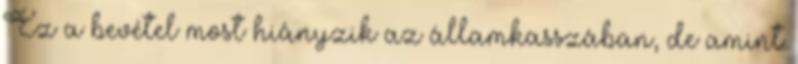
Ez a bevétel most hiányzik az államkasszában, de amint